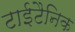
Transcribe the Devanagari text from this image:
टाईटैनिक